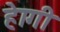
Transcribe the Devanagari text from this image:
हेागी